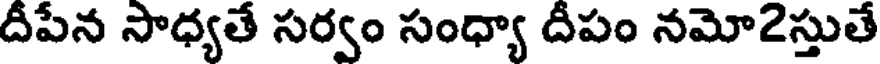
దీపేన సాధ్యతే సర్వం సంధ్యా దీపం నమో2స్తుతే